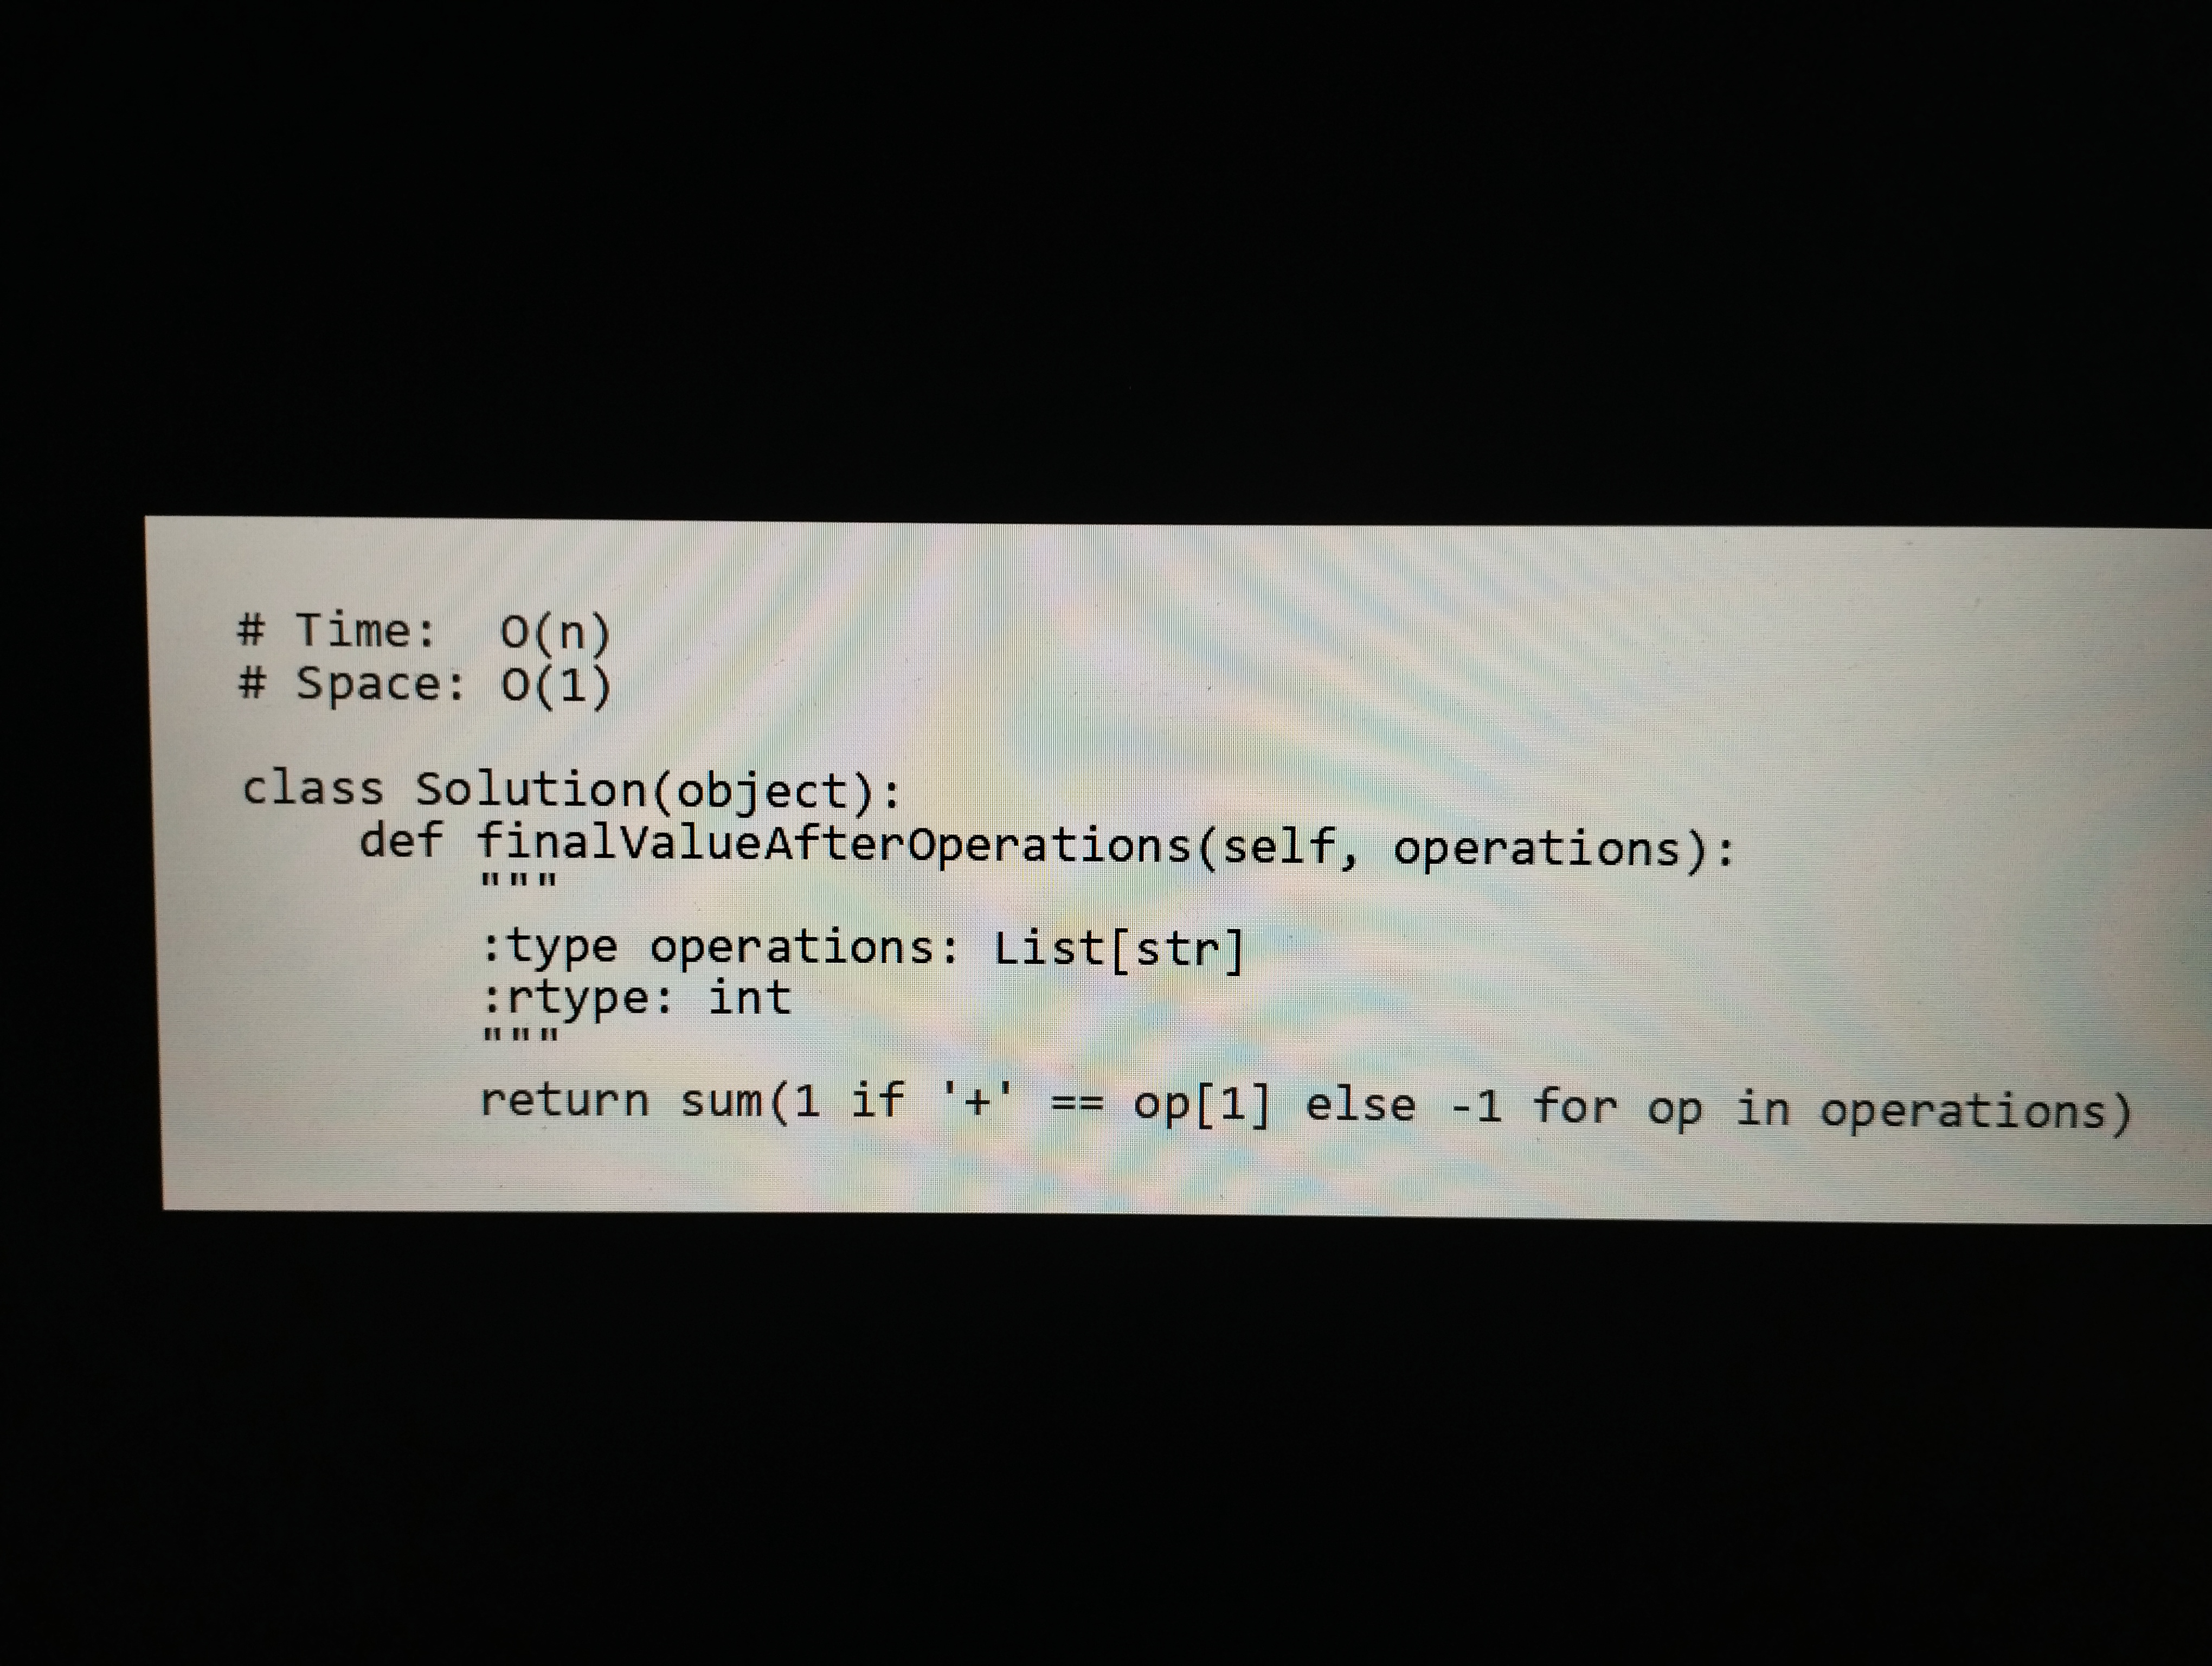
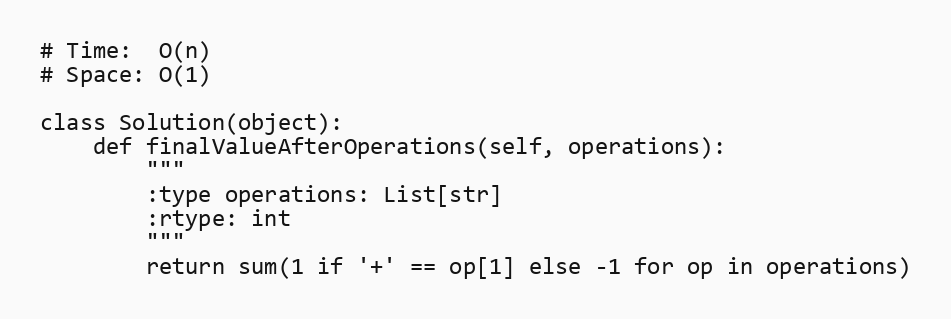
# Time:  O(n)
# Space: O(1)

class Solution(object):
    def finalValueAfterOperations(self, operations):
        """
        :type operations: List[str]
        :rtype: int
        """
        return sum(1 if '+' == op[1] else -1 for op in operations)